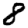
Digit: 8